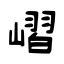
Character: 嶍